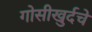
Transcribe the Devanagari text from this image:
गोसीखुर्दचे